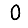
Digit: 0